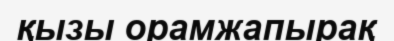
қызы орамжапырақ